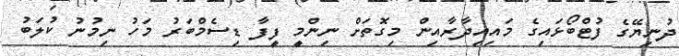
ދުނިޔޭގެ ފުޓްބޯޅައިގެ މައިއިދާރާއިން މިގޮތަށް ނިންމީ ފީފާ ޑިސެމްބަރު މަހު ނިމުނު ކުލަބު